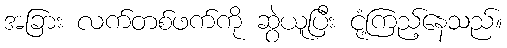
အခြား လက်တစ်ဖက်ကို ဆွဲယူပြီး ငုံ့ကြည့်နေသည်။